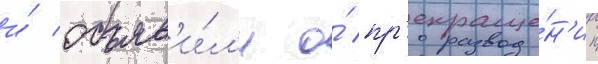
и́ объяв'и́л'и о́ пр'екраще́н'ии